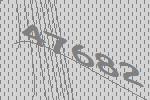
47682